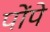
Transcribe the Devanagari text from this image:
पोंपे